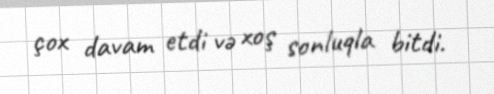
çox davam etdi və xoş sonluqla bitdi.